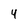
Character: 4